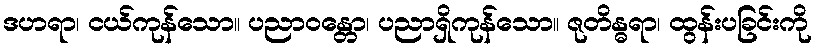
ဒဟရာ၊ ငယ်ကုန်သော။ ပညာဝန္တော၊ ပညာရှိကုန်သော။ ဇုတိန္ဓရာ၊ ထွန်းပခြင်းကို